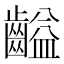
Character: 齸